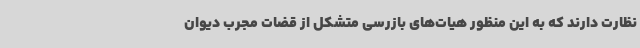
نظارت دارند که به این منظور هیات‌های بازرسی متشکل از قضات مجرب دیوان